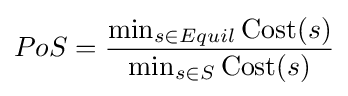
PoS={\frac {\min _{s\in Equil}\operatorname {Cost} (s)}{\min _{s\in S}\operatorname {Cost} (s)}}